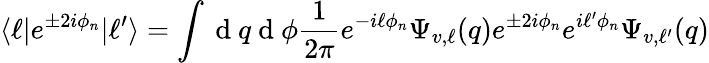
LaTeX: \langle\ell|e^{\pm 2i\phi_{n}}|\ell^{\prime}\rangle=\int\mathrm{~d~}q\mathrm{~d~}\phi\frac{1}{2\pi}e^{-i\ell\phi_{n}}\Psi_{v,\ell}(q)e^{\pm 2i\phi_{n}}e^{i\ell^{\prime}\phi_{n}}\Psi_{v,\ell^{\prime}}(q)